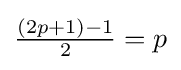
{\textstyle {\frac {(2p+1)-1}{2}}=p}